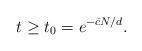
LaTeX: \begin{align*} t \geq t_0 = e^{-\bar{c}N/d}.\end{align*}